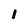
Character: 1